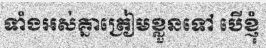
ទាំងអស់គ្នាត្រៀមខ្លួនទៅ បើខ្ញុំ